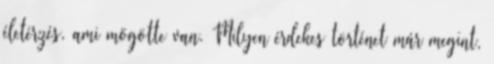
életérzés, ami mögötte van. Milyen érdekes történet már megint,